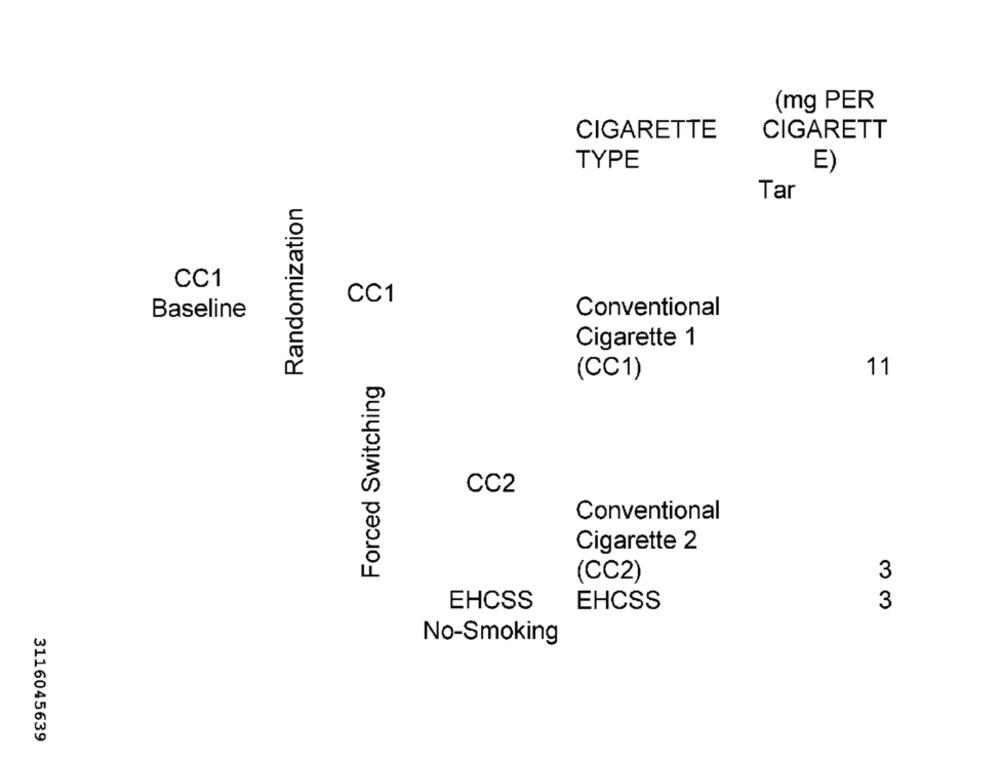
(mg PER
CIGARETTE
CIGARETT
TYPE
E)
Tar
Randomization
CC1
CC1
Conventional
Baseline
Cigarette 1
11
Forced Switching
(CC1)
CC2
Conventional
Cigarette 2
(CC2)
3
EHCSS
EHCSS
3
No-Smoking
3116045639